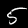
Digit: 5